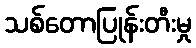
သစ်တောပြုန်းတီးမှု